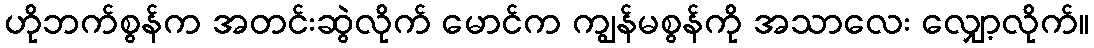
ဟိုဘက်စွန်က အတင်းဆွဲလိုက် မောင်က ကျွန်မစွန်ကို အသာလေး လျှော့လိုက်။